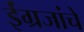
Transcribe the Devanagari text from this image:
ईंग्रजांचे